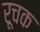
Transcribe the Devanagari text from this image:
रूचक